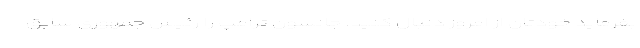
بفرماید خودتان از امروز دنبال کنید. جانسون ترامپ را رئیس جمهوری سابق